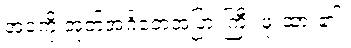
အဝကို အုတ်အင်္ဂတေအပြားကြီး ဖုံးထား၏။